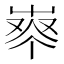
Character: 𰎈